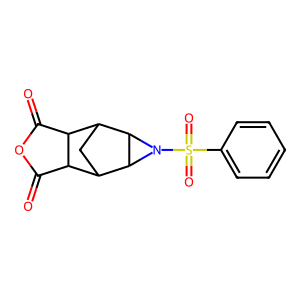
SMILES: O=C1OC(=O)C2C3CC(C12)C1C3N1S(=O)(=O)c1ccccc1
Inhibits HIV replication: No